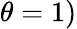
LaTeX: \theta=1)